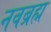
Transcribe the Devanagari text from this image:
नवब्रह्म